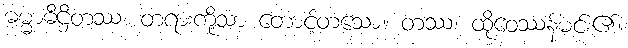
ဓမ္မာဓိဌိတဿ၊ တရားကိုသာ တောင့်တသော။ တဿ၊ ထိုဝေဿန်မင်း၏။